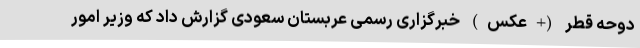
دوحه قطر (+عکس) خبرگزاری رسمی عربستان سعودی گزارش داد که وزیر امور